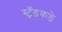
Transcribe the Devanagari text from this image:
स्ट्रँडकडे